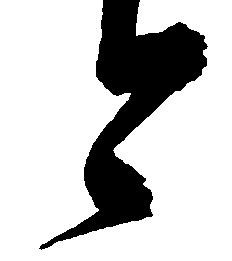
今